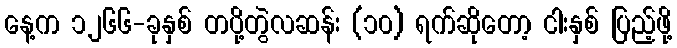
နေ့က ၁၂၆၆-ခုနှစ် တပို့တွဲလဆန်း (၁၀) ရက်ဆိုတော့ ငါးနှစ် ပြည့်ဖို့